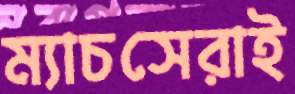
ম্যাচসেরাই